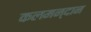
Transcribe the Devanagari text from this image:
कलमन्दान